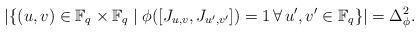
LaTeX: \begin{align*}|\{(u,v) \in \mathbb{F}_q \times \mathbb{F}_q \mid \phi ([J_{u,v},J_{u',v'}])=1 \, \forall \, u',v' \in \mathbb{F}_q \}|=\Delta_\phi^2.\end{align*}